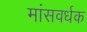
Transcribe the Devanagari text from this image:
मांसवर्धक